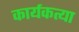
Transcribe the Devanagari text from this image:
कार्यकत्या